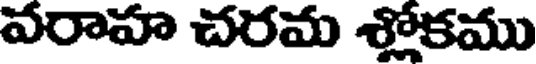
వరాహ చరమ శ్లోకము